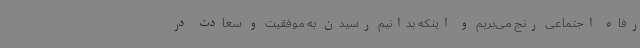
رفاه اجتماعی رنج می‌بریم و اینکه بدانیم رسیدن به موفقیت و سعادت در